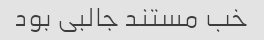
خب مستند جالبی بود